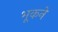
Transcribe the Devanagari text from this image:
भूकने